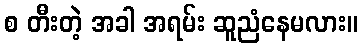
စ တီးတဲ့ အခါ အရမ်း ဆူညံနေမလား။